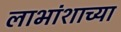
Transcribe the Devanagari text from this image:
लाभांशाच्या